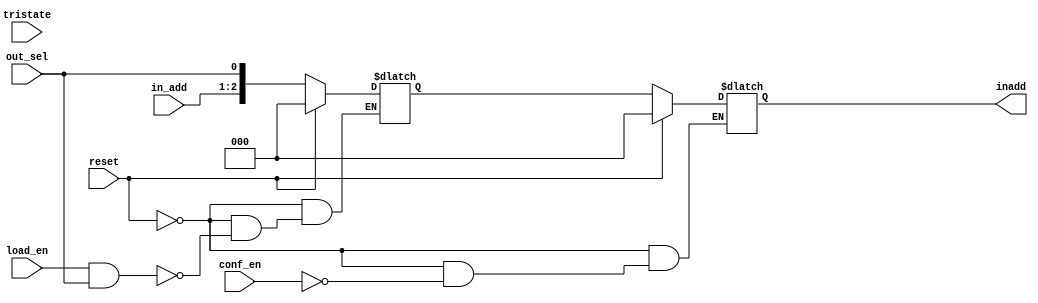
`timescale 1ns / 1ps
//////////////////////////////////////////////////////////////////////////////////
// Company: 		namani.vamshi krishna 9100110505
// 
// Design Name:    ROUTER
// Module Name:     
// Project Name: 
// Target Devices: 
// Tool versions: 
// Description: 
//
// Dependencies: 
//
// Revision: 
// Revision 0.01 - File Created
// Additional Comments: 
//
//////////////////////////////////////////////////////////////////////////////////

module MPiSLIP_Arbiter(conf_en, load_en, in_add, inadd, out_sel, tristate, reset);

input [1:0] in_add;
input conf_en, load_en, out_sel, tristate, reset;
output [2:0] inadd;

reg [2:0] load_inadd_reg;
reg [2:0] inadd;

wire load_enable;
wire tristate_enable;

assign load_enable = load_en & out_sel;
assign tristate_enable = tristate & out_sel;


always @(*)
begin
	if (reset)
		load_inadd_reg[2:0] = 3'b0;
	else if(load_enable)
	begin
		load_inadd_reg[2:1] = in_add;
		load_inadd_reg[0] = out_sel;
	end
end

always @(*)
begin
	if (reset)
		inadd = 3'b0;
	else if(conf_en)
		inadd = load_inadd_reg;
end

endmodule


//////////////////////////////////////////////////////////////////////////////////

module PVSA(conf_en, load_en, in_add, inadd, out_sel, tristate, reset);

input [1:0] in_add;
input conf_en, load_en, out_sel, tristate, reset;
output [2:0] inadd;

reg [2:0] load_inadd_reg;
reg [2:0] inadd;

wire load_enable;
wire tristate_enable;

assign load_enable = load_en & out_sel;
assign tristate_enable = tristate & out_sel;


always @(*)
begin
	if (reset)
		load_inadd_reg[2:0] = 3'b0;
	else if(load_enable)
	begin
		load_inadd_reg[2:1] = in_add;
		load_inadd_reg[0] = out_sel;
	end
end

always @(*)
begin
	if (reset)
		inadd = 3'b0;
	else if(conf_en)
		inadd = load_inadd_reg;
end

endmodule


//////////////////////////////////////////////////////////////////////////////////

module LBRC(conf_en, load_en, in_add, inadd, out_sel, tristate, reset);

input [1:0] in_add;
input conf_en, load_en, out_sel, tristate, reset;
output [2:0] inadd;

reg [2:0] load_inadd_reg;
reg [2:0] inadd;

wire load_enable;
wire tristate_enable;

assign load_enable = load_en & out_sel;
assign tristate_enable = tristate & out_sel;


always @(*)
begin
	if (reset)
		load_inadd_reg[2:0] = 3'b0;
	else if(load_enable)
	begin
		load_inadd_reg[2:1] = in_add;
		load_inadd_reg[0] = out_sel;
	end
end

always @(*)
begin
	if (reset)
		inadd = 3'b0;
	else if(conf_en)
		inadd = load_inadd_reg;
end

endmodule
//////////////////////////////////////////////////////////////////////////////////

module in_out_unit(conf_en, load_en, in_add, inadd, out_sel, tristate, reset);

input [1:0] in_add;
input conf_en, load_en, out_sel, tristate, reset;
output [2:0] inadd;

reg [2:0] load_inadd_reg;
reg [2:0] inadd;

wire load_enable;
wire tristate_enable;

assign load_enable = load_en & out_sel;
assign tristate_enable = tristate & out_sel;


always @(*)
begin
	if (reset)
		load_inadd_reg[2:0] = 3'b0;
	else if(load_enable)
	begin
		load_inadd_reg[2:1] = in_add;
		load_inadd_reg[0] = out_sel;
	end
end

always @(*)
begin
	if (reset)
		inadd = 3'b0;
	else if(conf_en)
		inadd = load_inadd_reg;
end

endmodule